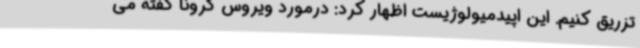
تزریق کنیم. این اپیدمیولوژیست اظهار کرد: درمورد ویروس کرونا گفته می